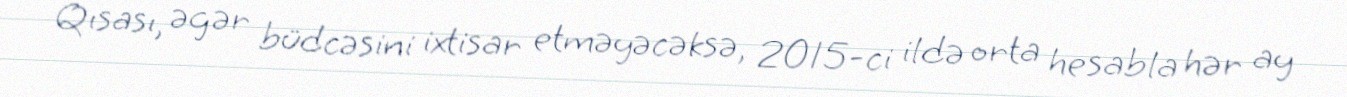
Qısası, əgər büdcəsini ixtisar etməyəcəksə, 2015-ci ildə orta hesabla hər ay